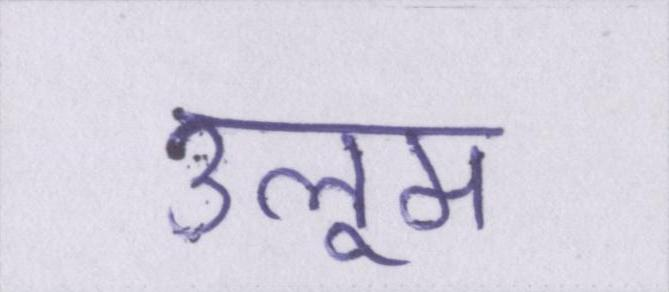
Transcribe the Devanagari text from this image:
उलूम